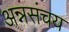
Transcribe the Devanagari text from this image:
अन्नसंचय